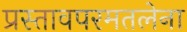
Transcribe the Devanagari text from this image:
प्रस्तावपरमतलेना